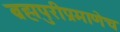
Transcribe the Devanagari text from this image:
ब्रह्मपुरीप्रमाणेच